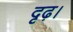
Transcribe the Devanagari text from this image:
दृढ़।